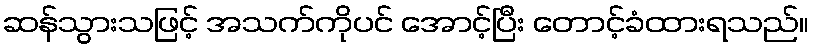
ဆန်သွားသဖြင့် အသက်ကိုပင် အောင့်ပြီး တောင့်ခံထားရသည်။